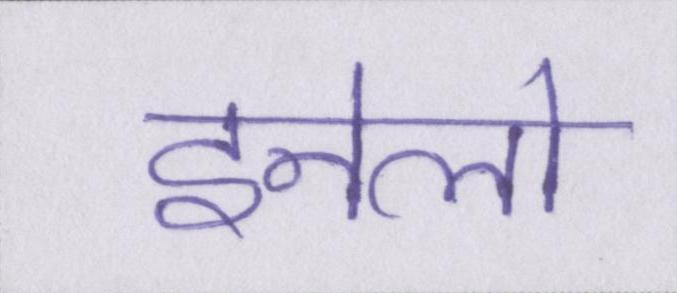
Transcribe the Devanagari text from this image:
इनेलो